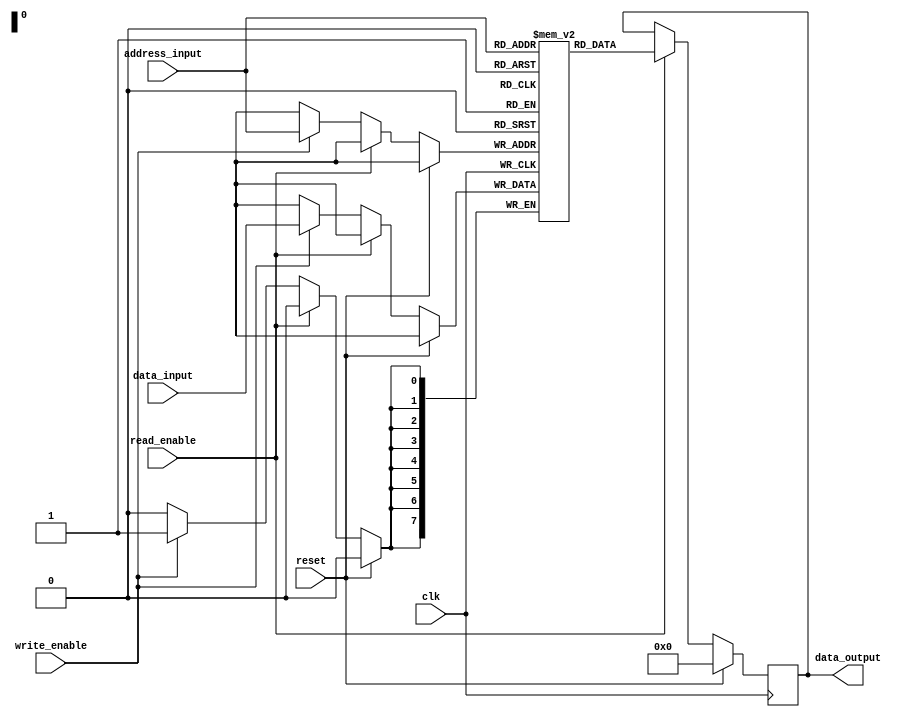
module EEPROM (
    input wire clk,
    input wire reset,
    input wire write_enable,
    input wire read_enable,
    input wire [7:0] data_input,
    input wire [7:0] address_input,
    output reg [7:0] data_output
);

reg [7:0] memory[0:255];

always @(posedge clk) begin
    if (reset) begin
        data_output <= 8'h00;
    end else begin
        if (read_enable) begin
            data_output <= memory[address_input];
        end else if (write_enable) begin
            memory[address_input] <= data_input;
        end
    end
end

endmodule